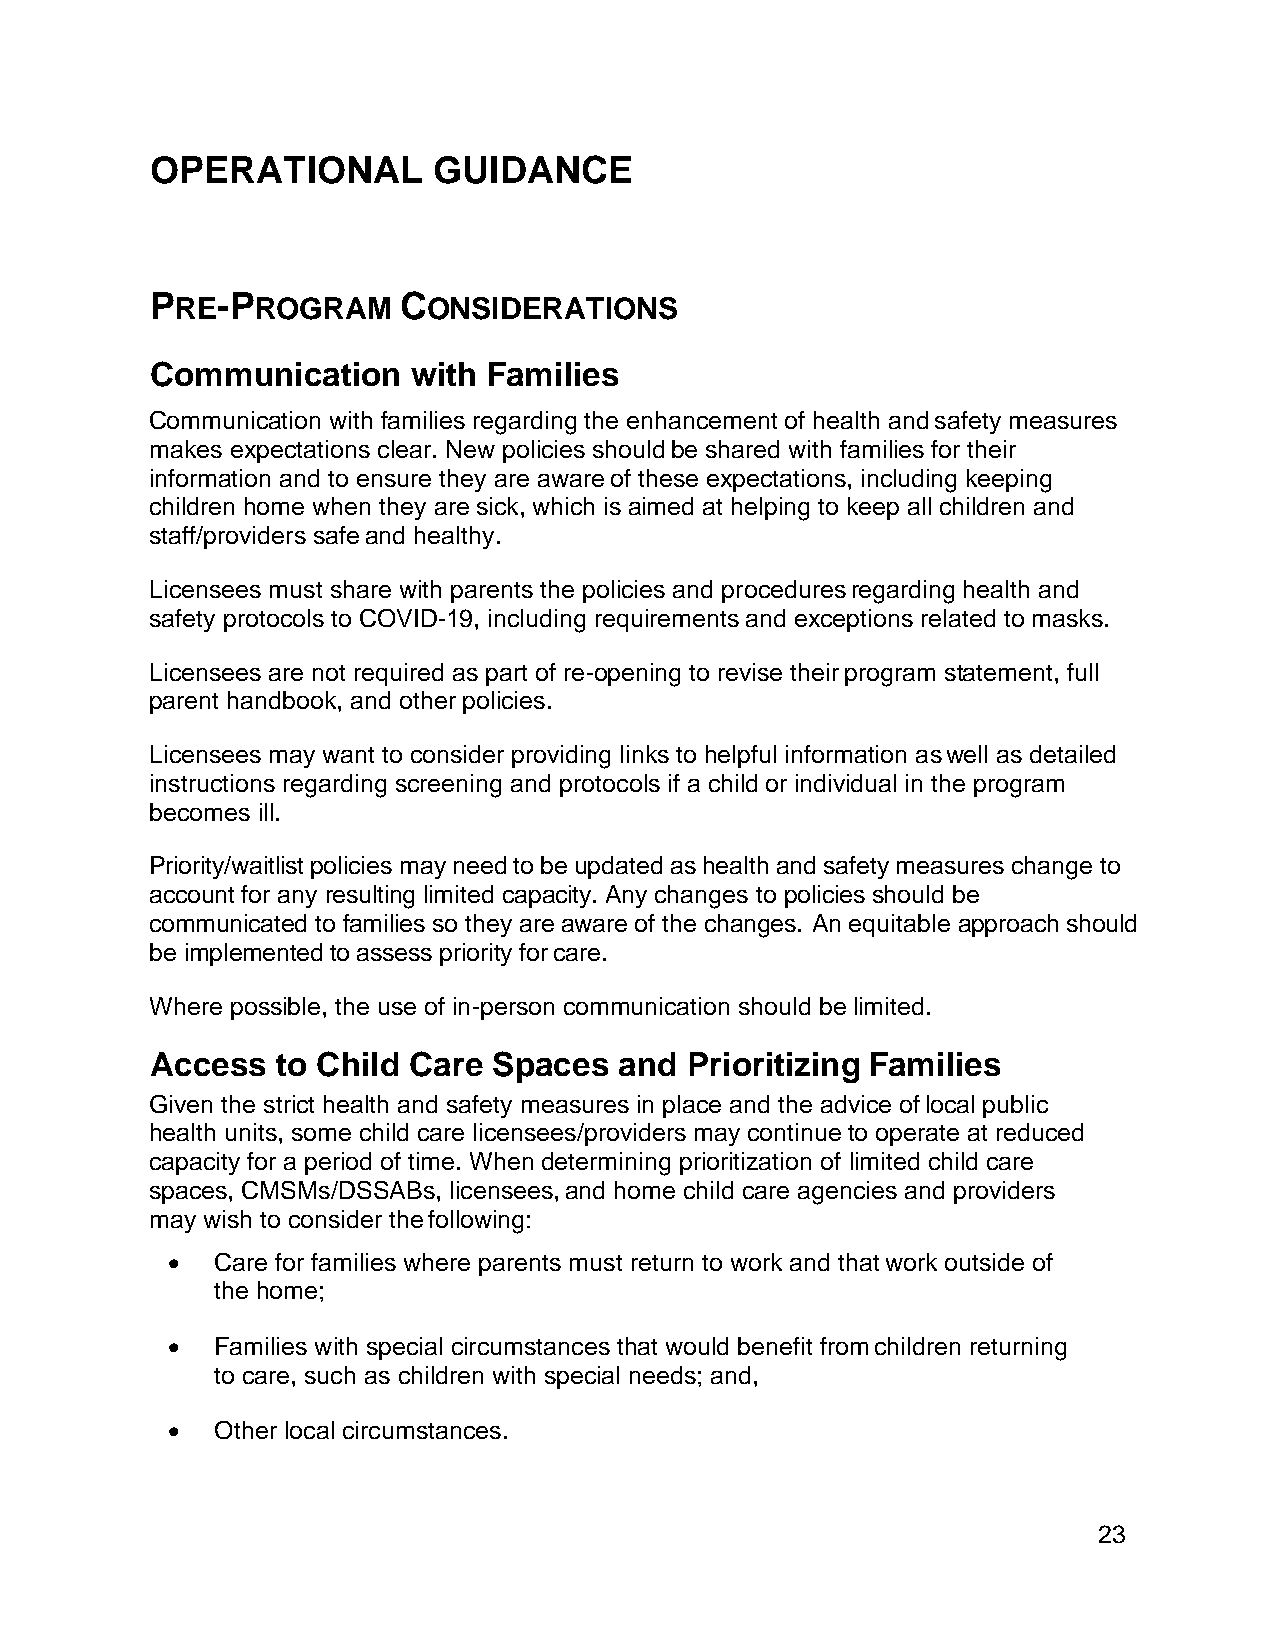
OPERATIONAL        GUIDANCE
 PRE-PROGRAM     CONSIDERATIONS
 Communication    with Families
 Communication with families regarding the enhancement of health and safety measures
 makes expectations clear. New policies should be shared with families for their
 information and to ensure they are aware of these expectations, including keeping
 children home when they are sick, which is aimed at helping to keep all children and
 staff/providers safe and healthy.
 Licensees must share with parents the policies and procedures regarding health and
 safety protocols to COVID-19, including requirements and exceptions related to masks.
 Licensees are not required as part of re-opening to revise their program statement, full
 parent handbook, and other policies.
 Licensees may want to consider providing links to helpful information as well as detailed
 instructions regarding screening and protocols if a child or individual in the program
 becomes ill.
 Priority/waitlist policies may need to be updated as health and safety measures change to
 account for any resulting limited capacity. Any changes to policies should be
 communicated to families so they are aware of the changes. An equitable approach should
 be implemented to assess priority for care.
 Where possible, the use of in-person communication should be limited.
 Access  to Child Care  Spaces  and Prioritizing Families
 Given the strict health and safety measures in place and the advice of local public
 health units, some child care licensees/providers may continue to operate at reduced
 capacity for a period of time. When determining prioritization of limited child care
 spaces, CMSMs/DSSABs, licensees, and home child care agencies and providers
 may wish to consider the following:
 •  Care for families where parents must return to work and that work outside of
 the home;
 •  Families with special circumstances that would benefit from children returning
 to care, such as children with special needs; and,
 •  Other local circumstances.
 23